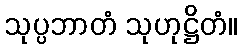
သုပ္ပဘာတံ သုဟုဋ္ဌိတံ။